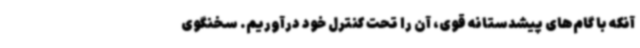
آنکه با گام‌های پیشدستانه قوی، آن را تحت کنترل خود درآوریم. سخنگوی